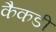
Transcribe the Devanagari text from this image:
कैकडी